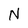
Character: N